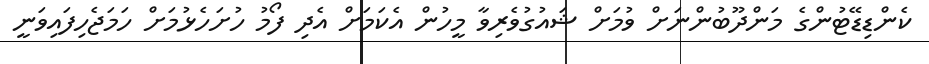
ކެންޑިޑޭޓުންގެ މަންދޫބުންނަށް ވުމަށް ޝައުގުވެރިވާ މީހުން އެކަމަށް އެދި ފޯމު ހުށަހެޅުމަށް ހަމަޖެހިފައިވަނީ